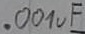
Text: .001µF